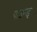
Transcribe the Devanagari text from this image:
पाउन्ड्